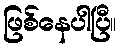
ဖြစ်နေပါပြီ။